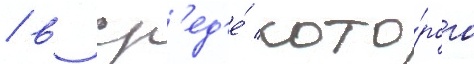
/ в ср'ед'е́ кото́рого